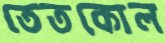
তেতকোল